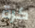
كرة